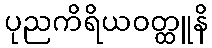
ပုညကိရိယဝတ္ထူနိ